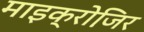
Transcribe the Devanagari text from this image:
माइक्रोजि़र